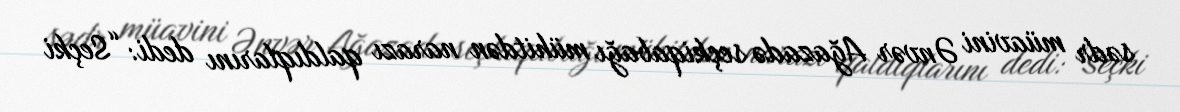
sədr müavini Ənvər Ağazadə seçkiqabağı mühitdən narazı qaldıqlarını dedi: “Seçki